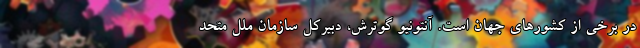
در برخی از کشورهای جهان است. آنتونیو گوترش، دبیرکل سازمان ملل متحد